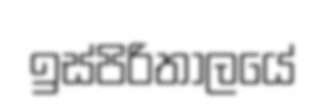
ඉස්පිරිතාලයේ